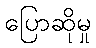
ပြောဆိုမှု